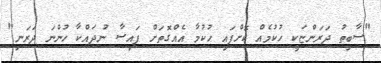
"ސާބިތު ދަރަންޏަކީ ހުކުމެއް ކޮށްފައި ހުކުމާ އެއްގޮތަށް ފައިސާ ނުދައްކާ ހުންނަ ދަރަނި"